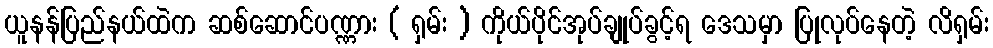
ယူနန်ပြည်နယ်ထဲက ဆစ်ဆောင်ပဏ္ဏား ( ရှမ်း ) ကိုယ်ပိုင်အုပ်ချုပ်ခွင့်ရ ဒေသမှာ ပြုလုပ်နေတဲ့ လိရှမ်း